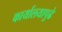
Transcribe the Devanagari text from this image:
कार्यालयापुढे